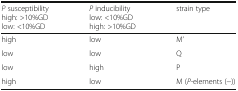
<table><thead><tr><td><b><i>P</i> susceptibilityhigh: &gt;10%GDlow: &lt;10%GD</b></td><td><b><i>P</i> inducibilitylow: &lt;10%GDhigh: &gt;10%GD</b></td><td><b>strain type</b></td></tr></thead><tbody><tr><td>high</td><td>low</td><td>M’</td></tr><tr><td>low</td><td>low</td><td>Q</td></tr><tr><td>low</td><td>high</td><td>P</td></tr><tr><td>high</td><td>low</td><td>M (<i>P-</i>elements (−))</td></tr></tbody></table>